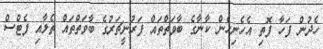
ހެދުން ފަހާ ފޮތި އެހެނިހެން ކާނާގެ ބާވަތްތައް ފަރުނީޗަރުގެ ބާވަތްތައް ތެލާއި ފެޓްސް